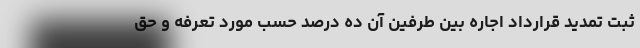
ثبت تمدید قرارداد اجاره بین طرفین آن ده درصد حسب مورد تعرفه و حق